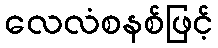
လေလံစနစ်ဖြင့်